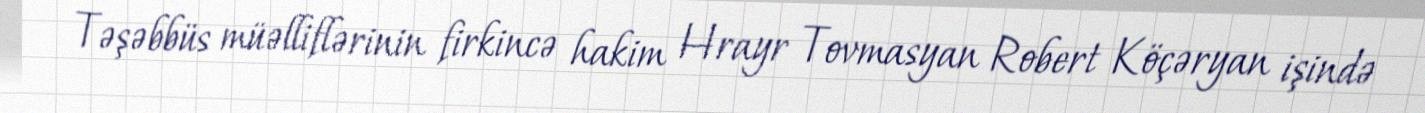
Təşəbbüs müəlliflərinin firkincə hakim Hrayr Tovmasyan Robert Köçəryan işində